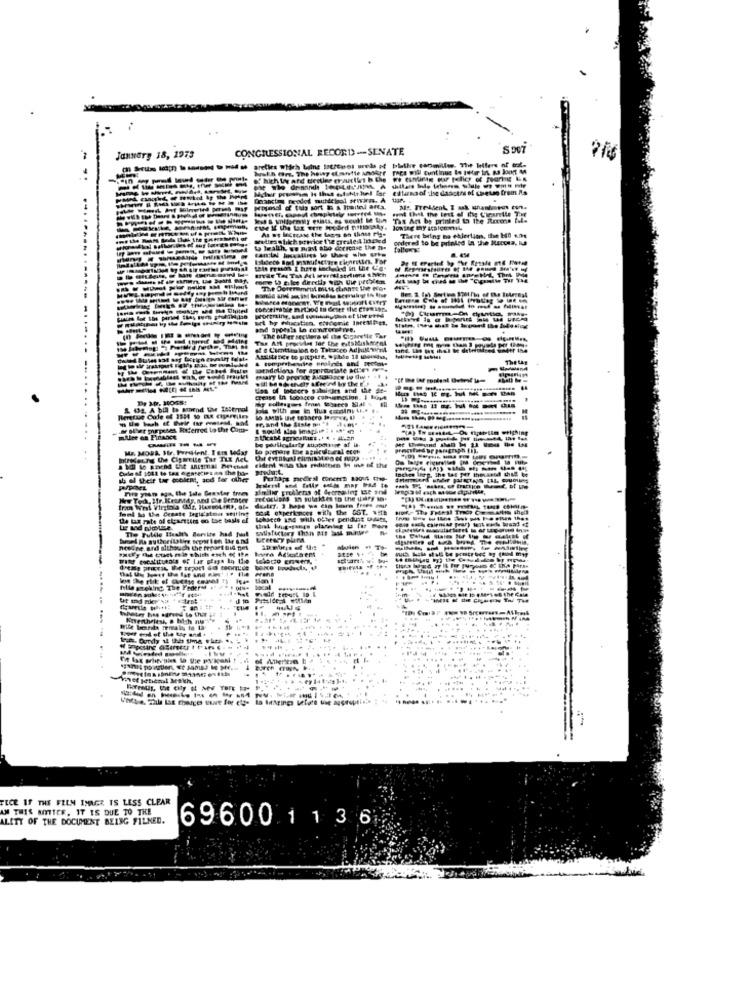
CONGRESSIONAL RECORD -- SENATE
S907
January 18, 1973
areties which bains lotferroi ureds of blathe conmillee. The Hillers of to.
estarnoof she dasctrs of cheta from Ma
Tas Ant be printed to the Rexona
There bring no ehjertians, the Hf A.M
odered to be printed la the Necces, RS
to Health, we miast abo decrease the The
Tallumy:
De HE Frer
The Ast procilet for the estskis
The other seculora ul the Cigaretle Tar
----------
of @ Ceettiulon on Tabacco Adhittarnl
1 and festa
Cab
crease In fooacee conversion. I Hayd
. ..
w slet purposes Referred to the Com-
I would Mae image : 1 45" en
mAllee en Finance
presshed or paragraph (1).
Penne the Cipmelle Tar TLE AeL
the Tat per thesanod thid Be
sh el their tar coolest, and for other
similar problems of decreasing ie and
Ww Ted, Ifr. Krumdy. ned Che Serater
Fetocuipis 19 subsktes to the diary in.
funk to the Cesate tegigaton seitint
port experiences with the GST. with
. THENI THIOP CE
Sehacen and with obter pending tauts,
tha
Tle Fulde Healt's Bervite had ful
SHely the cuck mit which esch of the
needne and although the report Bid pes
---------
FECE IF THE FELN IMAGE IS LESS CLEAR
AM THIS MATTER, IT IS DUE TO THE
ALITY OF THE DOCUMENT BEING FILNED.
696001 1 3 6